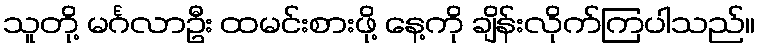
သူတို့ မင်္ဂလာဦး ထမင်းစားဖို့ နေ့ကို ချိန်းလိုက်ကြပါသည်။